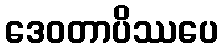
ဒေဝတာပိဿပေ